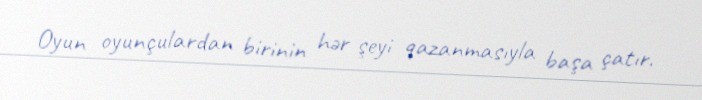
Oyun oyunçulardan birinin hər şeyi qazanmasıyla başa çatır.